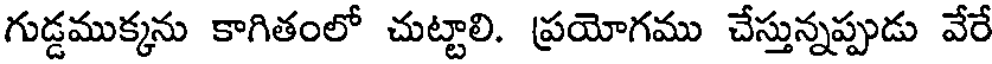
గుడ్డముక్కను కాగితంలో చుట్టాలి. ప్రయోగము చేస్తున్నప్పుడు వేరే